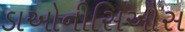
ડાઓનીસિઓસ